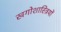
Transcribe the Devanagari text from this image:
खगोशास्त्रियों